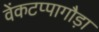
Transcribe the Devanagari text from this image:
वेंकटप्पागौड़ा